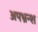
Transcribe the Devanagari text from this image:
अपभ्रन्‍श